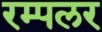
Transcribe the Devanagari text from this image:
रम्पलर